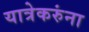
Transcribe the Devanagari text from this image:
यात्रेकरुंना